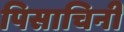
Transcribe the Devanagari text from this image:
पिसाचिनी